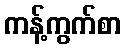
ကန့်ကွက်စာ